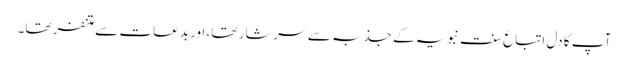
آپ کا دل اتباعِ سنتِ نبویہ کے جذبہ سے سرشار تھا، اور بدعات سے متنفر تھا۔